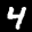
Label: 4